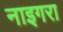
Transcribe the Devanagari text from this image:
नाइगरा